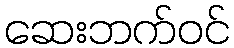
ဆေးဘက်ဝင်